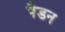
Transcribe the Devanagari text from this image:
पैडन